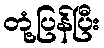
တုံ့ပြန်ပြီး